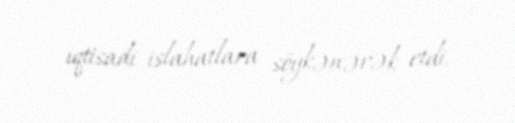
iqtisadi islahatlara söykənərək etdi.